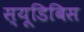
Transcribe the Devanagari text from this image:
स्यूडिबिस